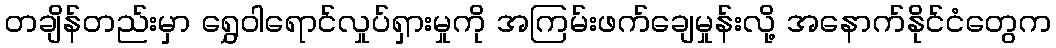
တချိန်တည်းမှာ ရွှေဝါရောင်လှုပ်ရှားမှုကို အကြမ်းဖက်ချေမှုန်းလို့ အနောက်နိုင်ငံတွေက